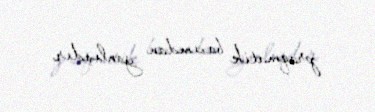
praqmatik baxımdan yanlışdır.